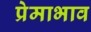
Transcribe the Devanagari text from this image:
प्रेमाभाव